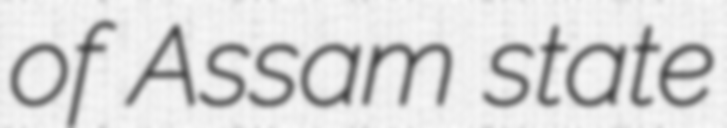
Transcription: of Assam state